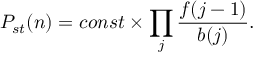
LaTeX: P _ { s t } ( n ) = c o n s t \times \prod _ { j } \frac { f ( j - 1 ) } { b ( j ) } .